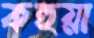
কহুয়া